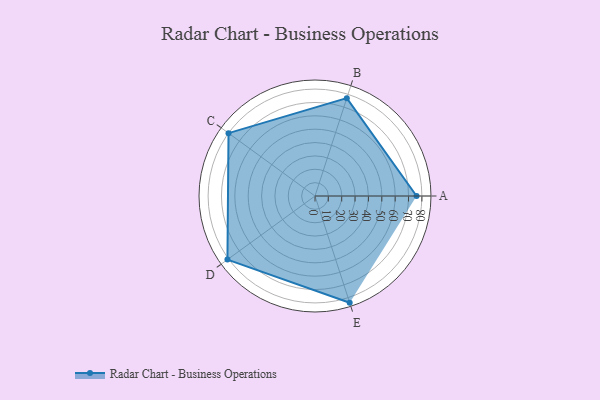
{"axis": {"x": "Skill", "y": "Score"}, "legend": ["Profile"], "data": [{"x": "A", "y": 76.0, "type": "Profile"}, {"x": "B", "y": 77.0, "type": "Profile"}, {"x": "C", "y": 80.0, "type": "Profile"}, {"x": "D", "y": 81.0, "type": "Profile"}, {"x": "E", "y": 84.0, "type": "Profile"}]}